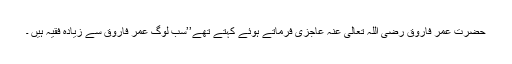
حضرت عمر فاروق رَضِیَ اللہ تَعَالٰی عَنْہُ عاجزی فرماتے ہوئے کہتے تھے’’سب لوگ عمر فاروق سے زیادہ فقیہ ہیں ۔